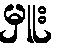
မှူး